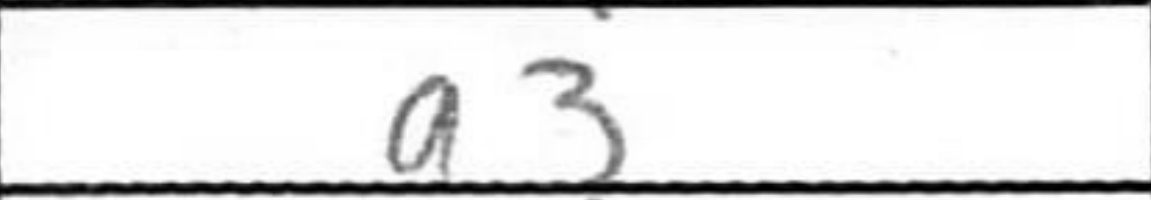
Transcription: a3